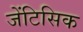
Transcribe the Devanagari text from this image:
जेंटिसिक